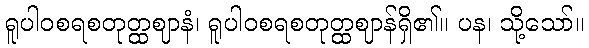
ရူပါဝစရစတုတ္ထဈာနံ၊ ရူပါဝစရစတုတ္ထဈာန်ရှိ၏။ ပန၊ သို့သော်။